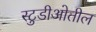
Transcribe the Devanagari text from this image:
स्टुडीओतील